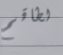
لطاقم